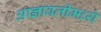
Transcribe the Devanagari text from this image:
आज्ञावलीमध्ये